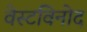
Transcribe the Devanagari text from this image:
वेस्टविनोद